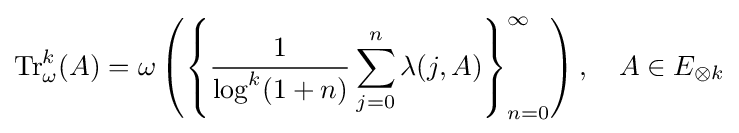
{\rm {Tr}}_{\omega }^{k}(A)=\omega \left(\left\{{\frac {1}{\log ^{k}(1+n)}}\sum _{j=0}^{n}\lambda (j,A)\right\}_{n=0}^{\infty }\right),\quad A\in E_{\otimes k}